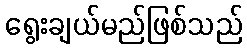
ရွေးချယ်မည်ဖြစ်သည်